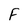
Character: F